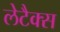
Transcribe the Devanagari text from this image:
लेटैक्स